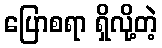
ပြောစရာ ရှိလို့တဲ့